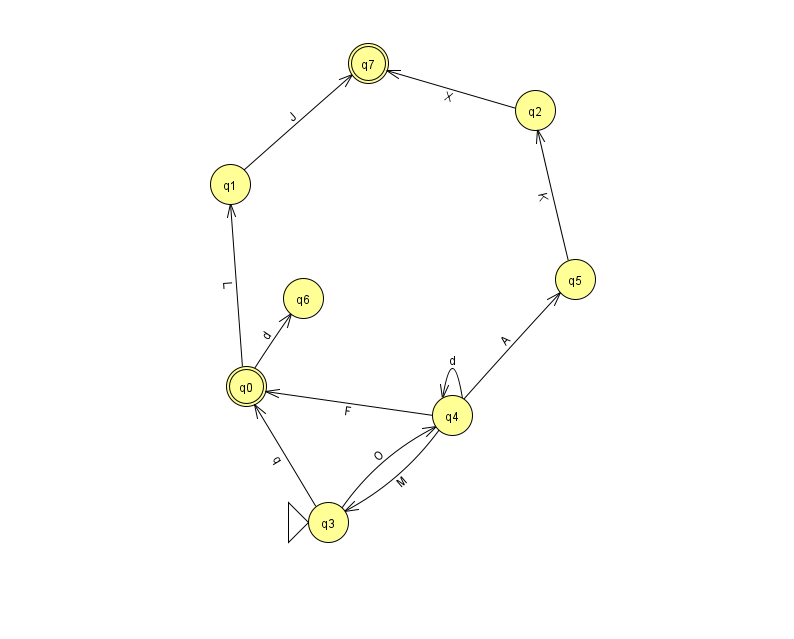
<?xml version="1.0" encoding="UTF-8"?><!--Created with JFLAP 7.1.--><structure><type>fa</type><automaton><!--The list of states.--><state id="0" name="q0"><x>246.0</x><y>373.0</y><final/></state><state id="1" name="q1"><x>230.0</x><y>171.0</y></state><state id="2" name="q2"><x>535.0</x><y>97.0</y></state><state id="3" name="q3"><x>328.0</x><y>509.0</y><initial/></state><state id="4" name="q4"><x>452.0</x><y>402.0</y></state><state id="5" name="q5"><x>575.0</x><y>266.0</y></state><state id="6" name="q6"><x>303.0</x><y>285.0</y></state><state id="7" name="q7"><x>368.0</x><y>50.0</y><final/></state><!--The list of transitions.--><transition><from>2</from><to>7</to><read>X</read></transition><transition><from>4</from><to>3</to><read>M</read></transition><transition><from>3</from><to>4</to><read>O</read></transition><transition><from>4</from><to>4</to><read>d</read></transition><transition><from>4</from><to>0</to><read>F</read></transition><transition><from>5</from><to>2</to><read>K</read></transition><transition><from>4</from><to>5</to><read>A</read></transition><transition><from>0</from><to>6</to><read>d</read></transition><transition><from>1</from><to>7</to><read>J</read></transition><transition><from>0</from><to>1</to><read>L</read></transition><transition><from>3</from><to>0</to><read>q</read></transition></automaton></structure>